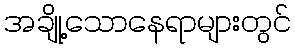
အချို့သောနေရာများတွင်